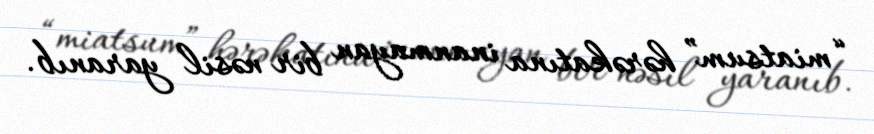
“miatsum” hərəkatına inanmayan bir nəsil yaranıb.